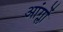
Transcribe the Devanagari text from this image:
आंग्लों